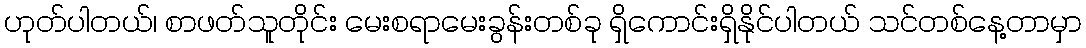
ဟုတ်ပါတယ်၊ စာဖတ်သူတိုင်း မေးစရာမေးခွန်းတစ်ခု ရှိကောင်းရှိနိုင်ပါတယ် သင်တစ်နေ့တာမှာ